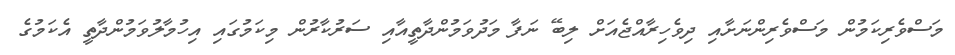
މަސްވެރިކަމުން މަސްވެރިންނަށާއި ދިވެހިރާއްޖެއަށް ލިބޭ ނަފާ މަދުވަމުންދާތީއާއި ސަރުކާރުން މިކަމުގައި އިހުމާލުވަމުންދާތީ އެކަމުގެ